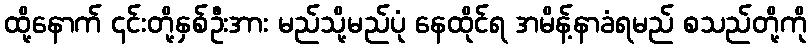
ထို့နောက် ၄င်းတို့နှစ်ဦးအား မည်သို့မည်ပုံ နေထိုင်ရ အမိန့်နာခံရမည် စသည်တို့ကို